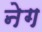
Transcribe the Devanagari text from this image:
नेग